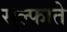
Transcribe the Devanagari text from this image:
सुल्फाते